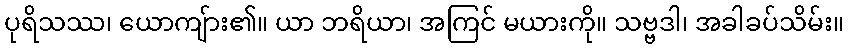
ပုရိသဿ၊ ယောကျ်ား၏။ ယာ ဘရိယာ၊ အကြင် မယားကို။ သဗ္ဗဒါ၊ အခါခပ်သိမ်း။